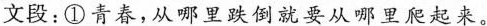
文段：①青春，从哪里跌倒就要从哪里爬起来。